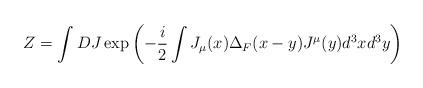
LaTeX: \begin{align*}Z = \int DJ\exp\left(-\frac{i}{2}\int J_\mu(x)\Delta_F(x-y)J^\mu(y)d^3xd^3y\right)\end{align*}